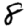
Digit: 8